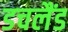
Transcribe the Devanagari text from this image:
डचलैंड